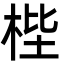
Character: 梐